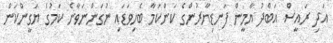
އަދި ރައީސް އަބްދު ޔާމީން ފަނޑިޔާރުންގެ ކަންކަމާ ބެހިވަޑައި ނުގަންނަވާނެ ކަމުގެ ޔަގީންކަން